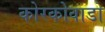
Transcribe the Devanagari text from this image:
कोरकोवाडो